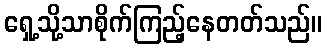
ရှေ့သို့သာစိုက်ကြည့်နေတတ်သည်။